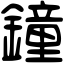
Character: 鐘